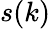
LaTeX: s(k)